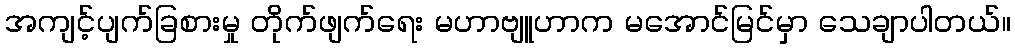
အကျင့်ပျက်ခြစားမှု တိုက်ဖျက်ရေး မဟာဗျူဟာက မအောင်မြင်မှာ သေချာပါတယ်။